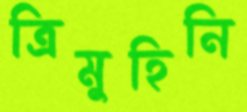
ত্রিমুহিনি